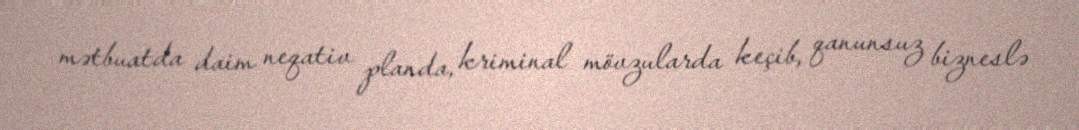
mətbuatda daim neqativ planda, kriminal mövzularda keçib, qanunsuz bizneslə